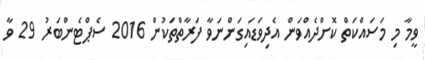
ވީމާ މި މަސައްކަތް ކޮށްދެއްވަން އެދިވަޑައިގަންނަވާ ފަރާތްތަކުން 2016 ސެޕްޓެންބަރު 29 ވާ